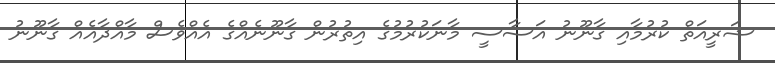
ޝަރީއަތް ކުރުމާއި ގާނޫނު އަސާސީ މާނަކުރުމުގެ އިތުރުން ގާނޫނެއްގެ އެއްވެސް މާއްދާއެއް ގާނޫނު